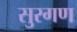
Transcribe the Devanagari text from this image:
सुरगण